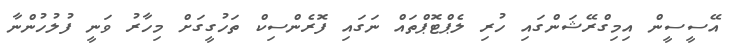
އޭސީސީން އިމިގްރޭޝަންގައި ހުރި ލެޕްޓޮޕްތައް ނަގައި ފޮރެންސިކް ތަހުގީގަށް މިހާރު ވަނީ ފުލުހުންނާ